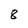
Character: 8